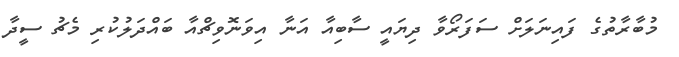
މުބާރާތުގެ ފައިނަލަށް ސަފަރޯވާ ދިޔައީ ސާބިއާ އަނާ އިވަނޮވިޗްއާ ބައްދަލުކުރި މެޗު ސީދާ